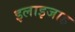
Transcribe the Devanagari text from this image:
इलाइजाह